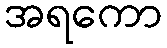
အရကော